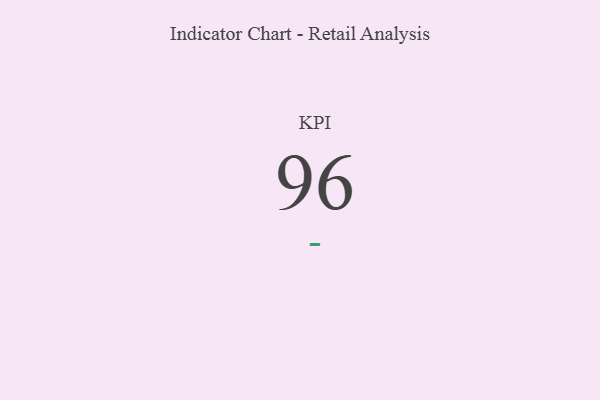
{"axis": {"x": "KPI", "y": "Value"}, "legend": [""], "data": [{"x": "KPI", "y": 96, "type": ""}]}